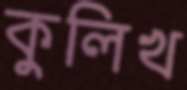
কুলিখ